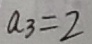
a _ { 3 } = 2